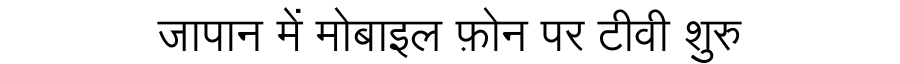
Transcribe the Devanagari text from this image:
जापान में मोबाइल फ़ोन पर टीवी शुरु